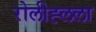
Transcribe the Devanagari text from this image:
रोलीह्लला